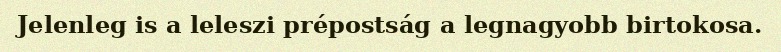
Jelenleg is a leleszi prépostság a legnagyobb birtokosa.